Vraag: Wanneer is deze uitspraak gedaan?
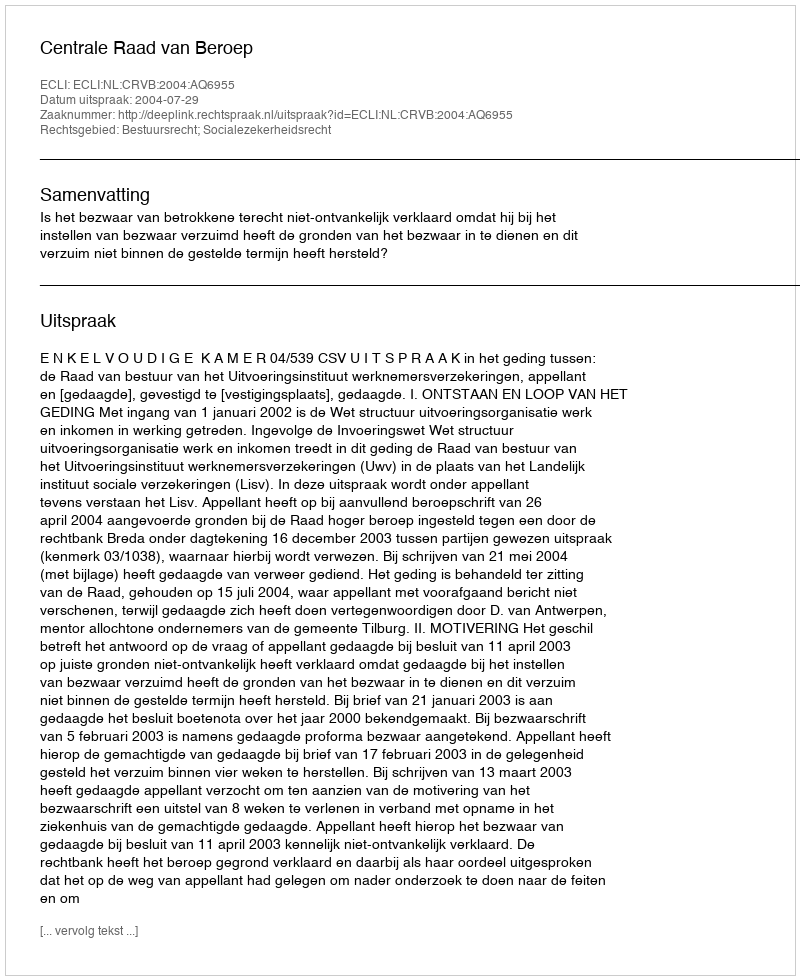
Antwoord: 2004-07-29